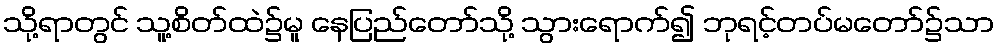
သို့ရာတွင် သူ့စိတ်ထဲ၌မူ နေပြည်တော်သို့ သွားရောက်၍ ဘုရင့်တပ်မတော်၌သာ